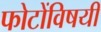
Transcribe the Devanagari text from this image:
फोटोंविषयी